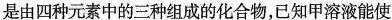
是由四种元素中的三种组成的化合物，已知甲溶液能使